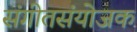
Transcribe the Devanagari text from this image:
संगीतसंयोजक